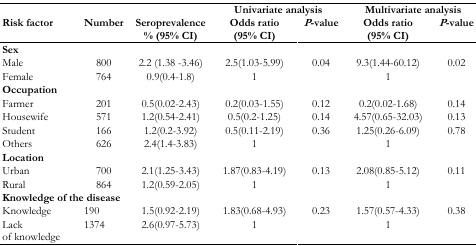
|  |  |  | <COLSPAN=2> Univariate analysis | <COLSPAN=2> Multivariate analysis |
 | Risk factor | Number | Seroprevalence % (95% CI) | Odds ratio (95% CI) | P-value | Odds ratio (95% CI) | P-value |
 | --- | --- | --- | --- | --- | --- | --- |
 | <COLSPAN=7> Sex |
 | Male | 800 | 2.2 (1.38 -3.46) | 2.5(1.03-5.99) | 0.04 | 9.3(1.44-60.12) | 0.02 |
 | Female | 764 | 0.9(0.4-1.8) | 1 |  | 1 |  |
 | <COLSPAN=7> Occupation |
 | Farmer | 201 | 0.5(0.02-2.43) | 0.2(0.03-1.55) | 0.12 | 0.2(0.02-1.68) | 0.14 |
 | Housewife | 571 | 1.2(0.54-2.41) | 0.5(0.2-1.25) | 0.14 | 4.57(0.65-32.03) | 0.13 |
 | Student | 166 | 1.2(0.2-3.92) | 0.5(0.11-2.19) | 0.36 | 1.25(0.26-6.09) | 0.78 |
 | Others | 626 | 2.4(1.4-3.83) | 1 |  | 1 |  |
 | <COLSPAN=7> Location |
 | Urban | 700 | 2.1(1.25-3.43) | 1.87(0.83-4.19) | 0.13 | 2.08(0.85-5.12) | 0.11 |
 | Rural | 864 | 1.2(0.59-2.05) | 1 |  | 1 |  |
 | <COLSPAN=7> Knowledge of the disease |
 | Knowledge | 190 | 1.5(0.92-2.19) | 1.83(0.68-4.93) | 0.23 | 1.57(0.57-4.33) | 0.38 |
 | Lack of knowledge | 1374 | 2.6(0.97-5.73) | 1 |  | 1 |  |